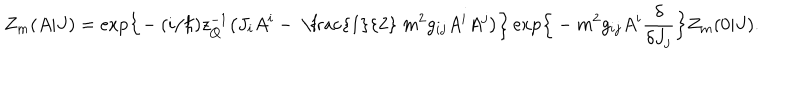
LaTeX: Z _ { m } ( A | J ) = \mathrm { e x p } \Bigr \{ \! - ( i / \hbar ) z _ { Q } ^ { - 1 } \bigr ( J _ { i } A ^ { i } - \mathrm { ~ \frac { 1 } { 2 } ~ } m ^ { 2 } g _ { i j } A ^ { i } A ^ { j } \bigr ) \Bigr \} \, \mathrm { e x p } \Bigr \{ - m ^ { 2 } g _ { i j } A ^ { i } \frac { \delta } { \delta J _ { j } } \Bigr \} Z _ { m } ( 0 | J ) .